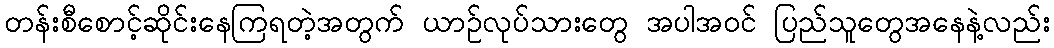
တန်းစီစောင့်ဆိုင်းနေကြရတဲ့အတွက် ယာဉ်လုပ်သားတွေ အပါအဝင် ပြည်သူတွေအနေနဲ့လည်း